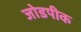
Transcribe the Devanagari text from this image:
जोडपीक